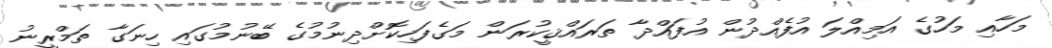
މަހާއި މަހުގެ އަމިއްލަ އުފެއްދުން އުފައްދާ ތަރައްޤީކުރަން މަގެފަހިކޮށްދިނުމުގެ ބޭނުމުގައި ހިނަގާ ތަމްރީނު